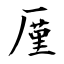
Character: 厪